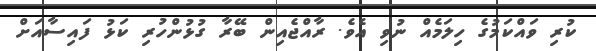
ކުރި ވައްކަމުގެ ހިލަމެއް ނުވި އެވެ. ރާއްޖެއިން ބޭރާ ގުޅުންހުރި ކަޅު ފައިސާއަށް